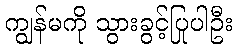
ကျွန်မကို သွားခွင့်ပြုပါဦး